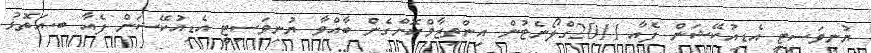
ޔުނިވަސިޓީ އެޑިއުކޭޝަން ފެއާ 2011ގްލޯނެޓުން އިންތިޒާމްކޮށްގެން ބާއްވާ ޔުނިވަސިޓީ އެޑިއުކޭޝަން ފެއާ ބ.އަތޮޅު